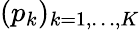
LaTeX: (p_{k})_{k=1,\dots,K}